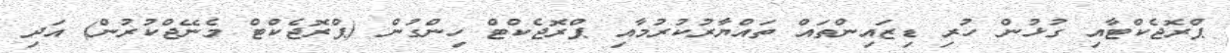
ޕްރޮޖެކްޓާއި ގުޅުން ހުރި ޑިޒައިންތައް ތައްޔާރުކުރުމާއި ޕްރޮޖެކްޓް ހިންގުން (ޕްރޮޖެކްޓް މެނޭޖްކުރުން) އަދި